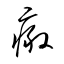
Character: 瘢